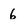
Character: 6